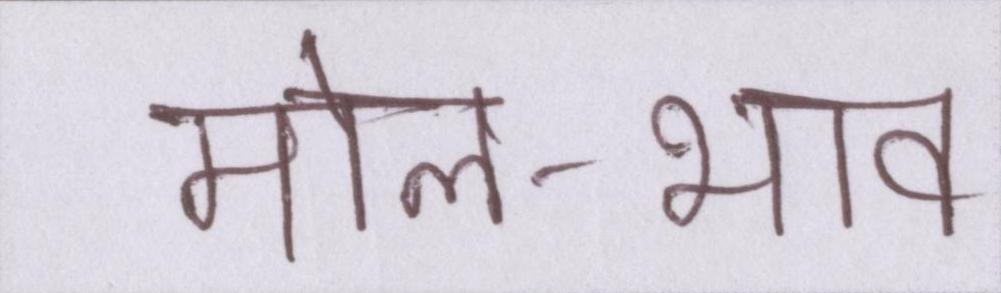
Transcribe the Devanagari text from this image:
मोल-भाव